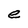
Character: e